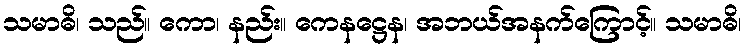
သမာဓိ၊ သည်။ ကော၊ နည်း။ ကေနဋ္ဌေန၊ အဘယ်အနက်ကြောင့်။ သမာဓိ၊